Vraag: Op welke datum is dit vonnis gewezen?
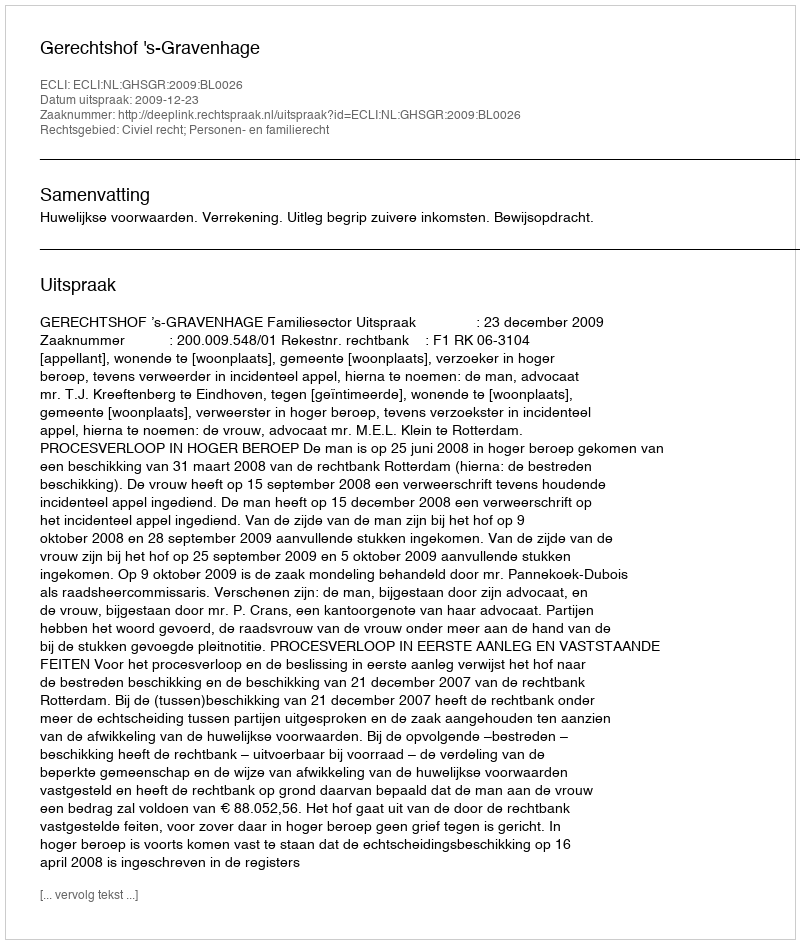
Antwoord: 2009-12-23